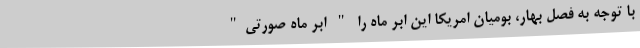
با توجه به فصل بهار، بومیان امریکا این ابر ماه را " اَبَر ماه صورتی"